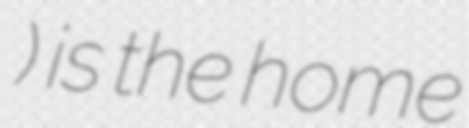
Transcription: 海岸貢獻) is the home